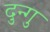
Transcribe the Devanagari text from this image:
दुन्गु